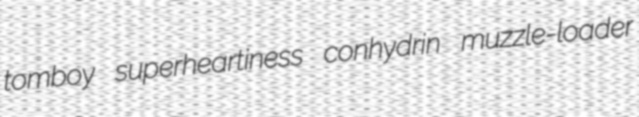
tomboy superheartiness conhydrin muzzle-loader